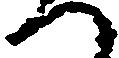
つ